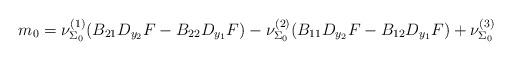
LaTeX: \begin{align*}m_0 &= \nu_{\Sigma_0}^{(1)} ( B_{21} D_{y_2}F - B_{22} D_{y_1}F ) - \nu_{\Sigma_0}^{(2)} (B_{11} D_{y_2}F - B_{12} D_{y_1} F) + \nu_{\Sigma_0}^{(3)}\end{align*}